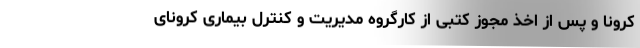
کرونا و پس از اخذ مجوز کتبی از کارگروه مدیریت و کنترل بیماری کرونای